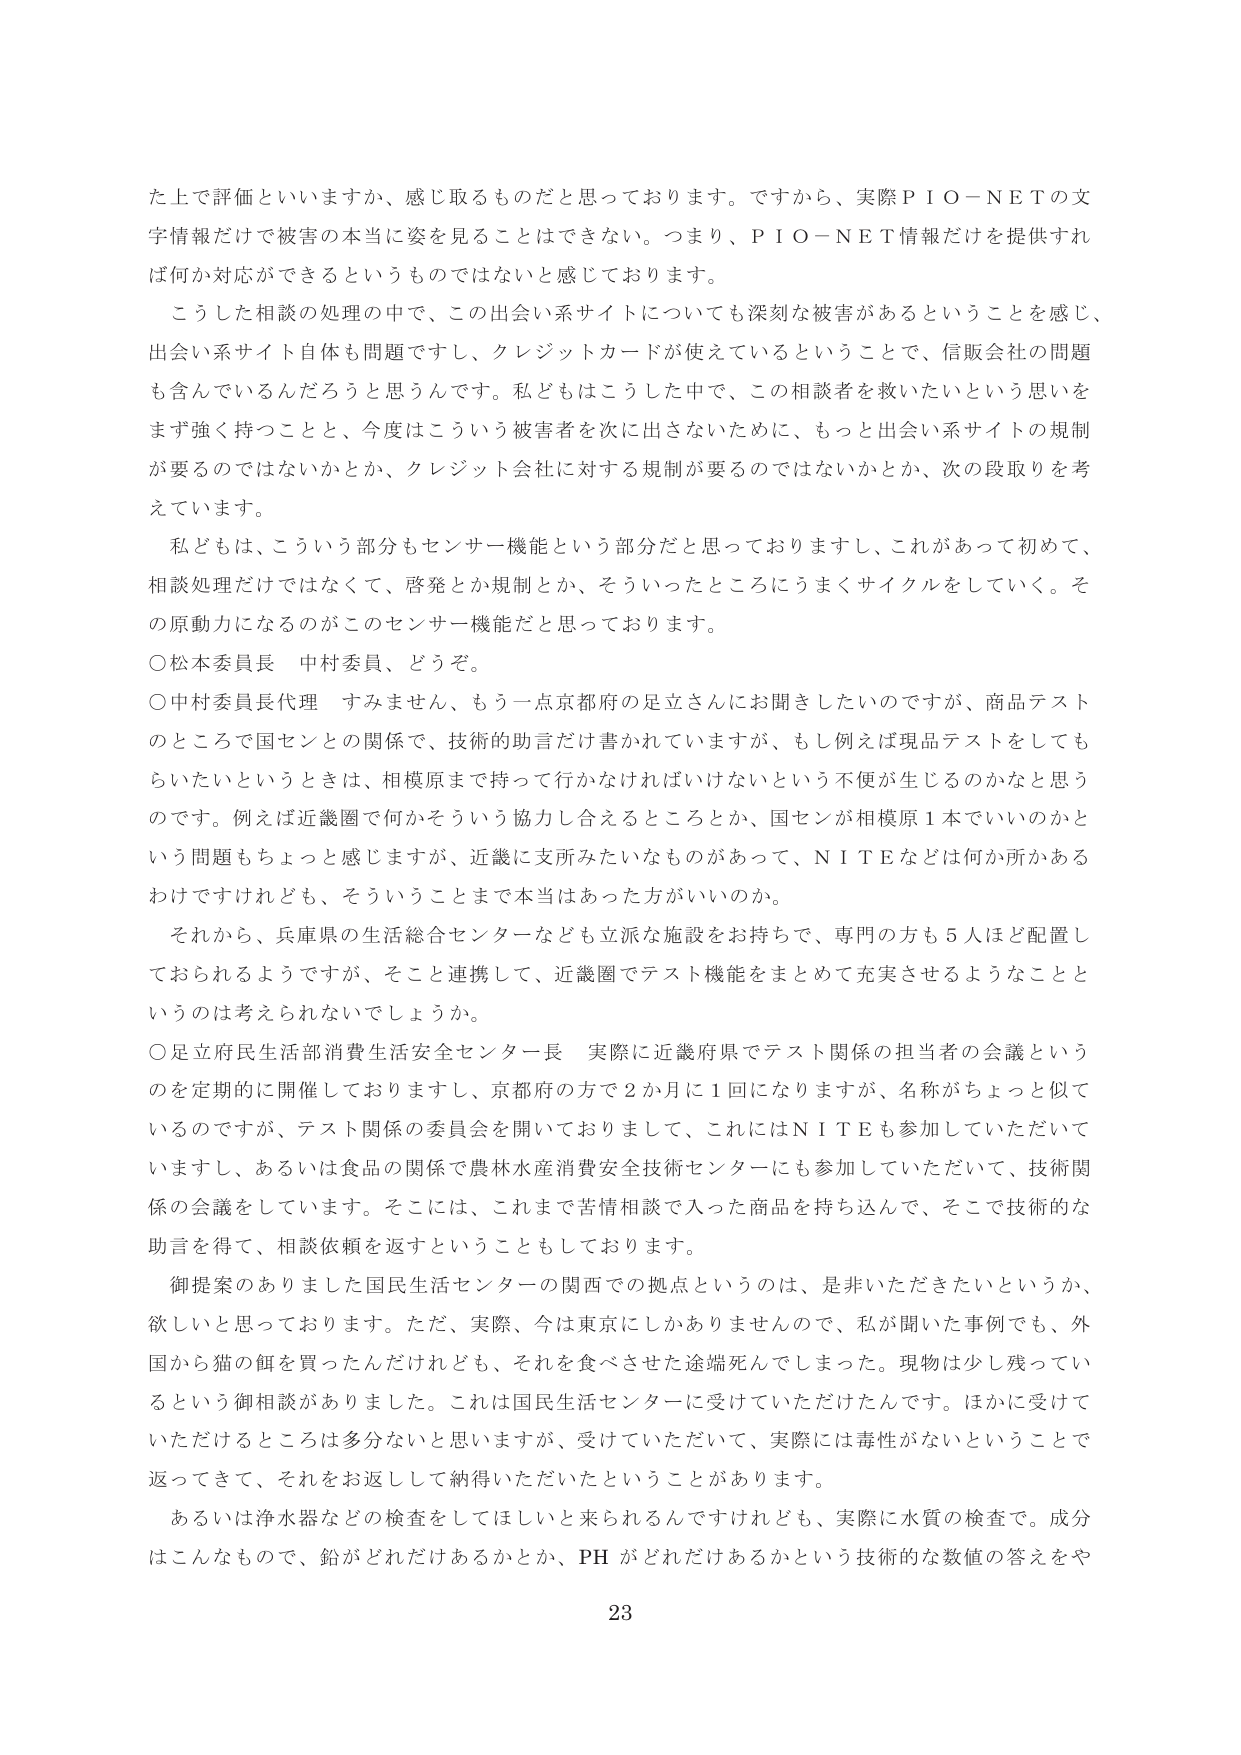
た上で評価といいますか、感じ取るものだと思っております。ですから、実際ＰＩＯ－ＮＥＴの文字情報だけでは被害の本当に姿を見ることはできない。つまり、ＰＩＯ－ＮＥＴ情報だけを提供すれば何か対応ができるというものではないと感じております。

こうした相談の処理の中で、この出会い系サイトについても深刻な被害があるということを感じ、出会い系サイト自体も問題ですし、クレジットカードが使えてているということで、信販会社の問題も含んでいるんだろうと思うんです。私どもはこうした中で、この相談者を救いたいという思いをまず強く持つことと、今度はこういう被害者を次に出さないために、もっと出会い系サイトの規制が要るのではないかとか、クレジット会社に対する規制が要るのではないかとか、次の段取りを考えています。

私どもは、こういう部分もセンサー機能という部分だと思っておりますし、これがあって初めて、相談処理だけではなくて、啓発とか規制とか、そういったところにうまくサイクルをしていく。その原動力になるのがこのセンサー機能だと思っております。

〇松本委員長　中村委員、どうぞ。

〇中村委員長代理　すみません、もう一点京都府の足立さんにお聞きしたいのですが、商品テストのところで国センとの関係で、技術的助言だけ書かれていますが、もし例えば現品テストをしてもらいたいというときは、相模原まで持って行かなければならないという不便が生じるのかなと思うのです。例えば近畿圏で何かそういう協力し合えるところとか、国センが相模原１本でいいのかという問題もちょっと感じますが、近畿に支所みたいなものがあって、ＮＩＴＥなどは何か所かあるわけですがけれども、そういうことまで本当はあった方がいいのか。

それから、兵庫県の生活総合センターなども立派な施設を持ちて、専門の方も５人ほど配置しておられるようですが、そこと連携して、近畿圏でテスト機能をまとめて充実させるようなことは考えられないでしょうか。

〇足立府民生活部消費生活安全センター長　実際に近畿府県でテスト関係の担当者の会議というのを定期的に開催しておりますし、京都府の方で２か月に１回になりますが、名称がちょっと似ているのですが、テスト関係の委員会を開いておりまして、これにはＮＩＴＥも参加していただいていますし、あるいは食品の関係で農林水産消費安全技術センターにも参加していただいて、技術関係の会議をしています。そこには、これまで苦情相談に入った商品を持ち込んで、そこで技術的な助言を得て、相談依頼を返すということもしております。

御提案のありました国民生活センターの関西での拠点というのは、是非いただきたいというか、欲しいと思っております。ただ、実際、今は東京にしかありませんので、私が聞いた事例でも、外国から猫の餌を買ったんだけれども、それを食べさせた途端死んでしまった。現物は少し残っているという御相談がありました。これは国民生活センターに受けていただけたんです。ほかに受けていただけるところは多分ないと思いますが、受けていただいて、実際には毒性がないということで返ってきて、それをお返しして納得いただいたということがあります。

あるいは浄水器などの検査をしてほしいと来られるんですけれども、実際に水質の検査で。成分はこんなもので、鉛がどれだけあるかとか、ＰＨがどれだけあるかという技術的な数値の答えをや

23